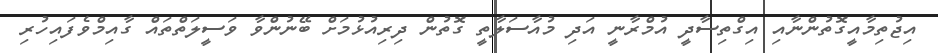
އިޖުތިމާއީގޮތުންނާއި އިގްތިސާދީ އުމްރާނީ އަދި މުއާސަލާތީ ގޮތުން ދިރިއުޅުމަށް ބޭނުންވާ ވަސީލަތްތައް ގާއިމްވެފައިހުރި